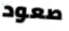
صعود